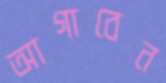
আগাবেন